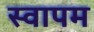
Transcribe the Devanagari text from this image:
स्वापम